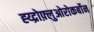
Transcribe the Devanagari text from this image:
ह्य्द्रोफ़्लुओरोकर्बोन